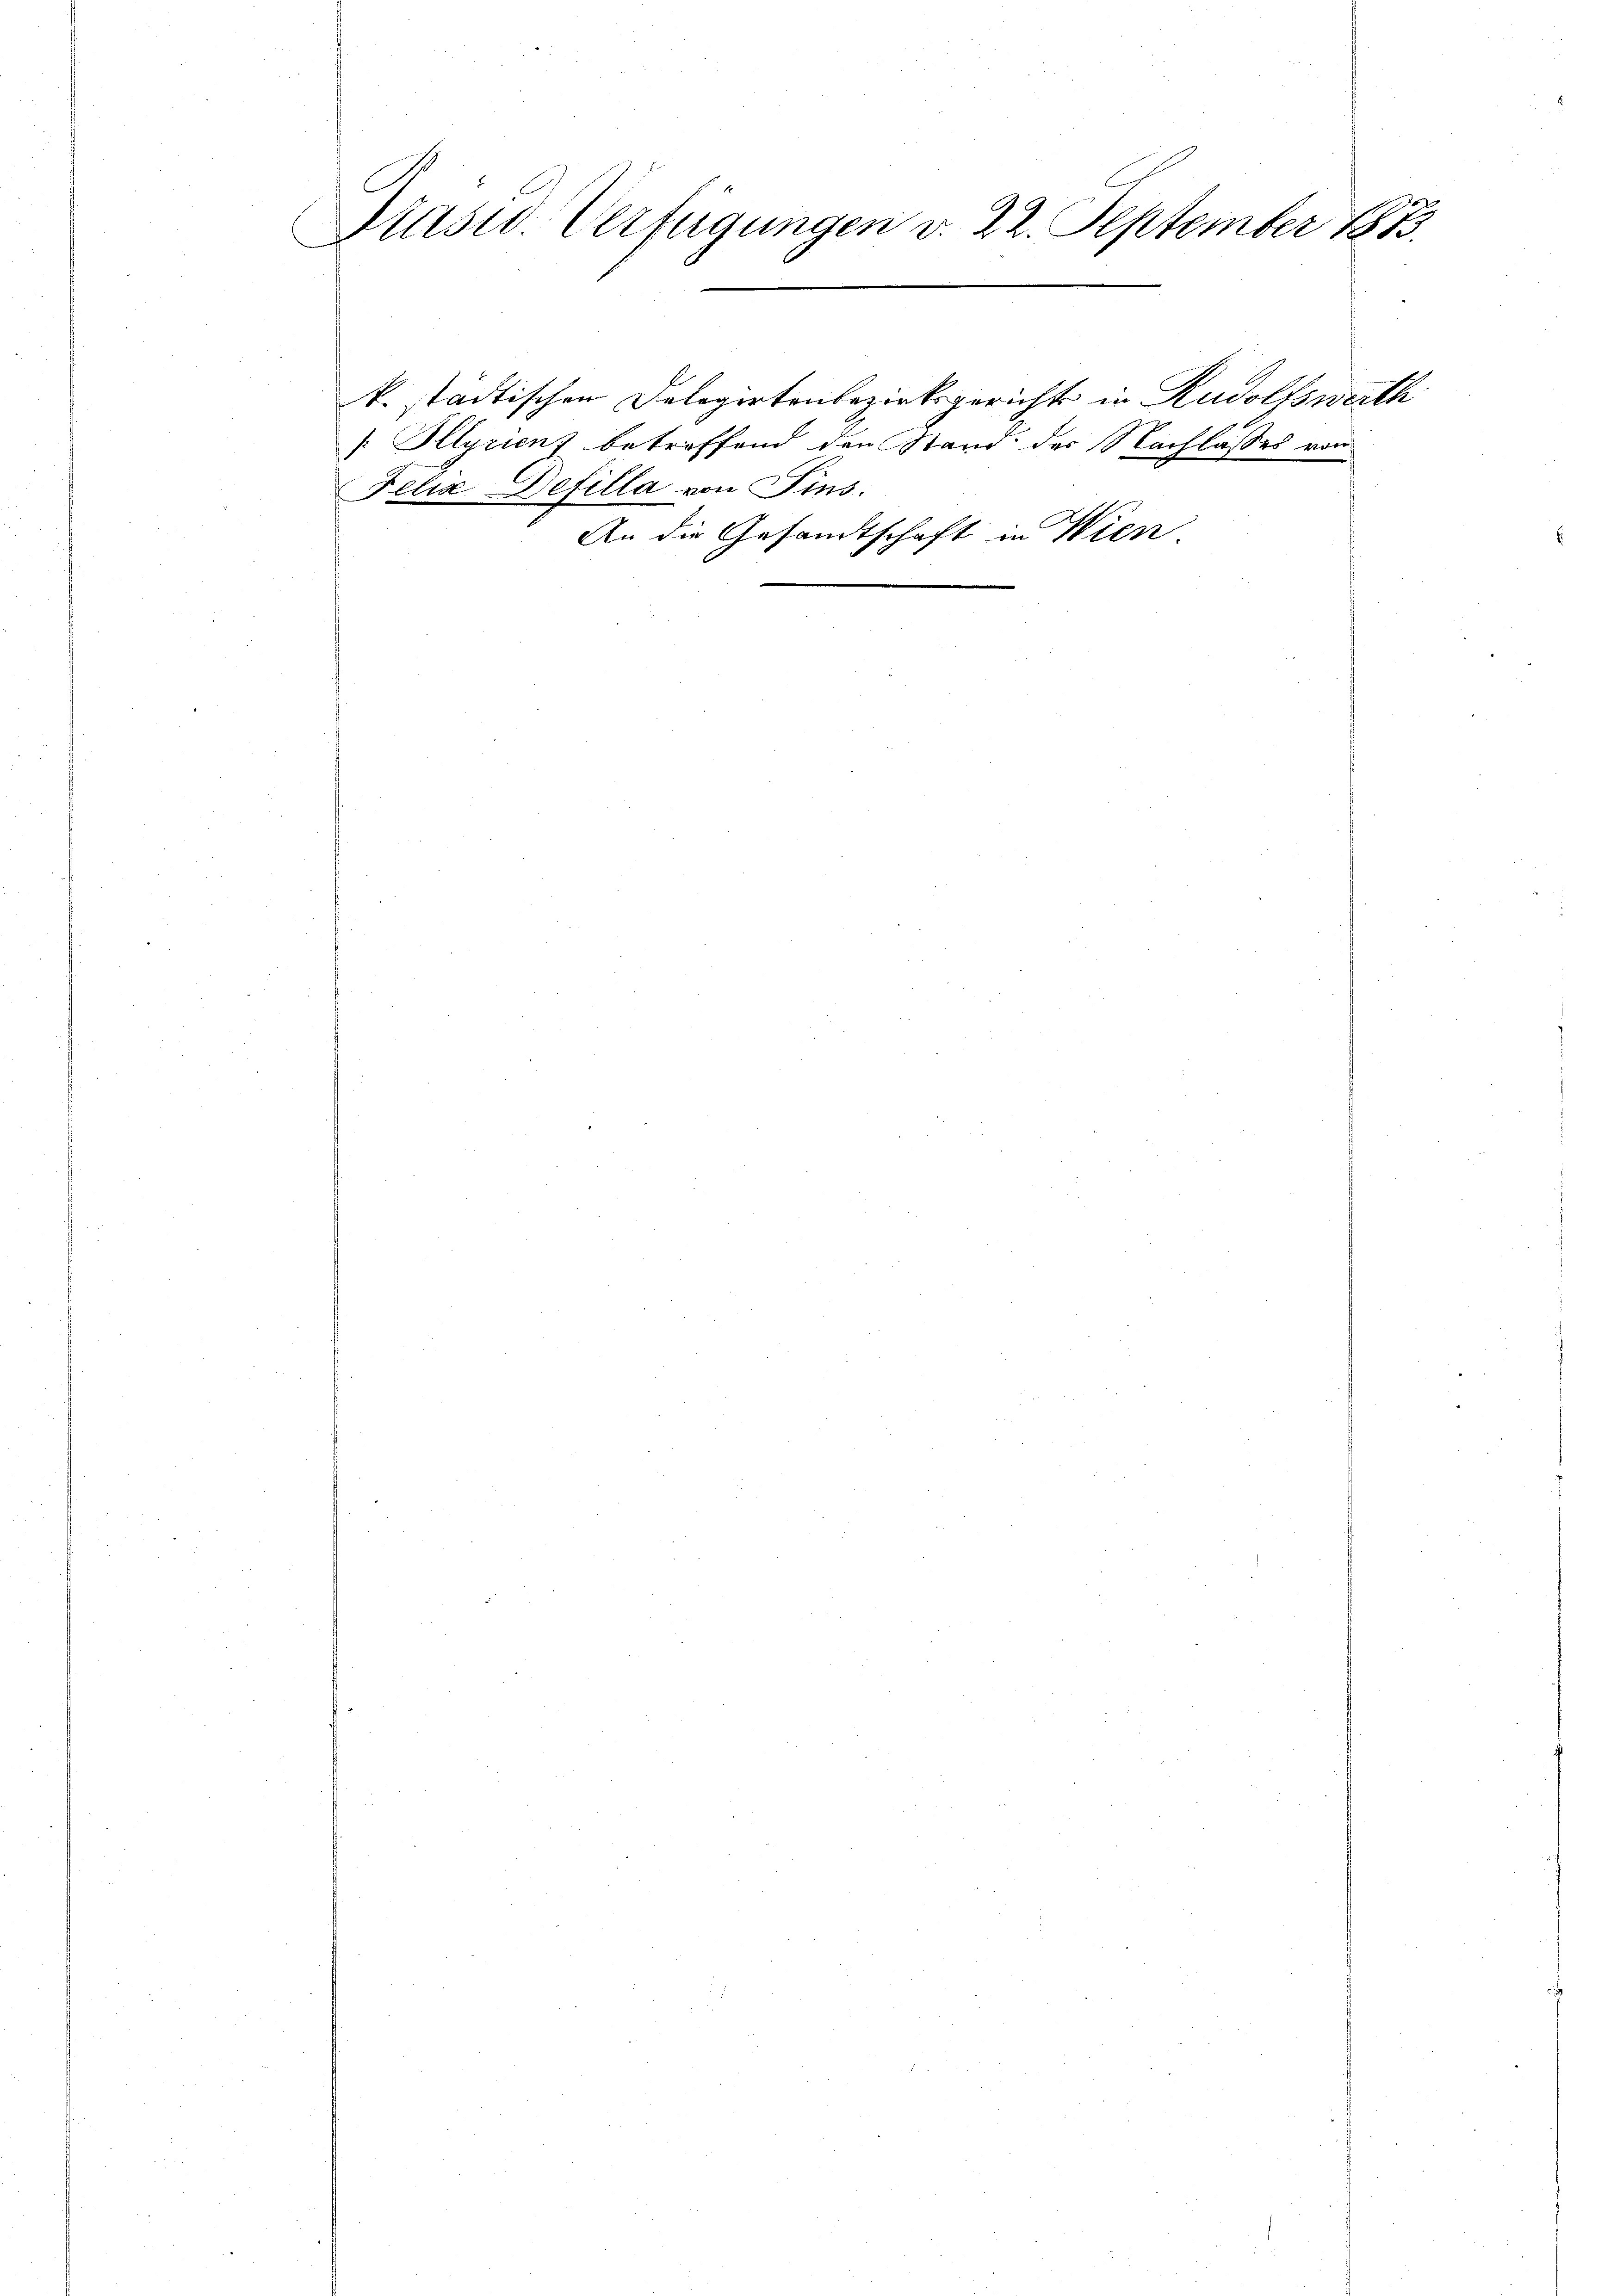
Präsid. Verfügungen v. 22. September 1873.

Felix Defilla von Sins.

k. städtischen Delegirtenbezirksgericht in Rudolfswerth

[Illyrienz betreffend den Stand der Nachlasses von
An die Gesandtschaft in Wien.